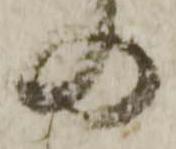
の